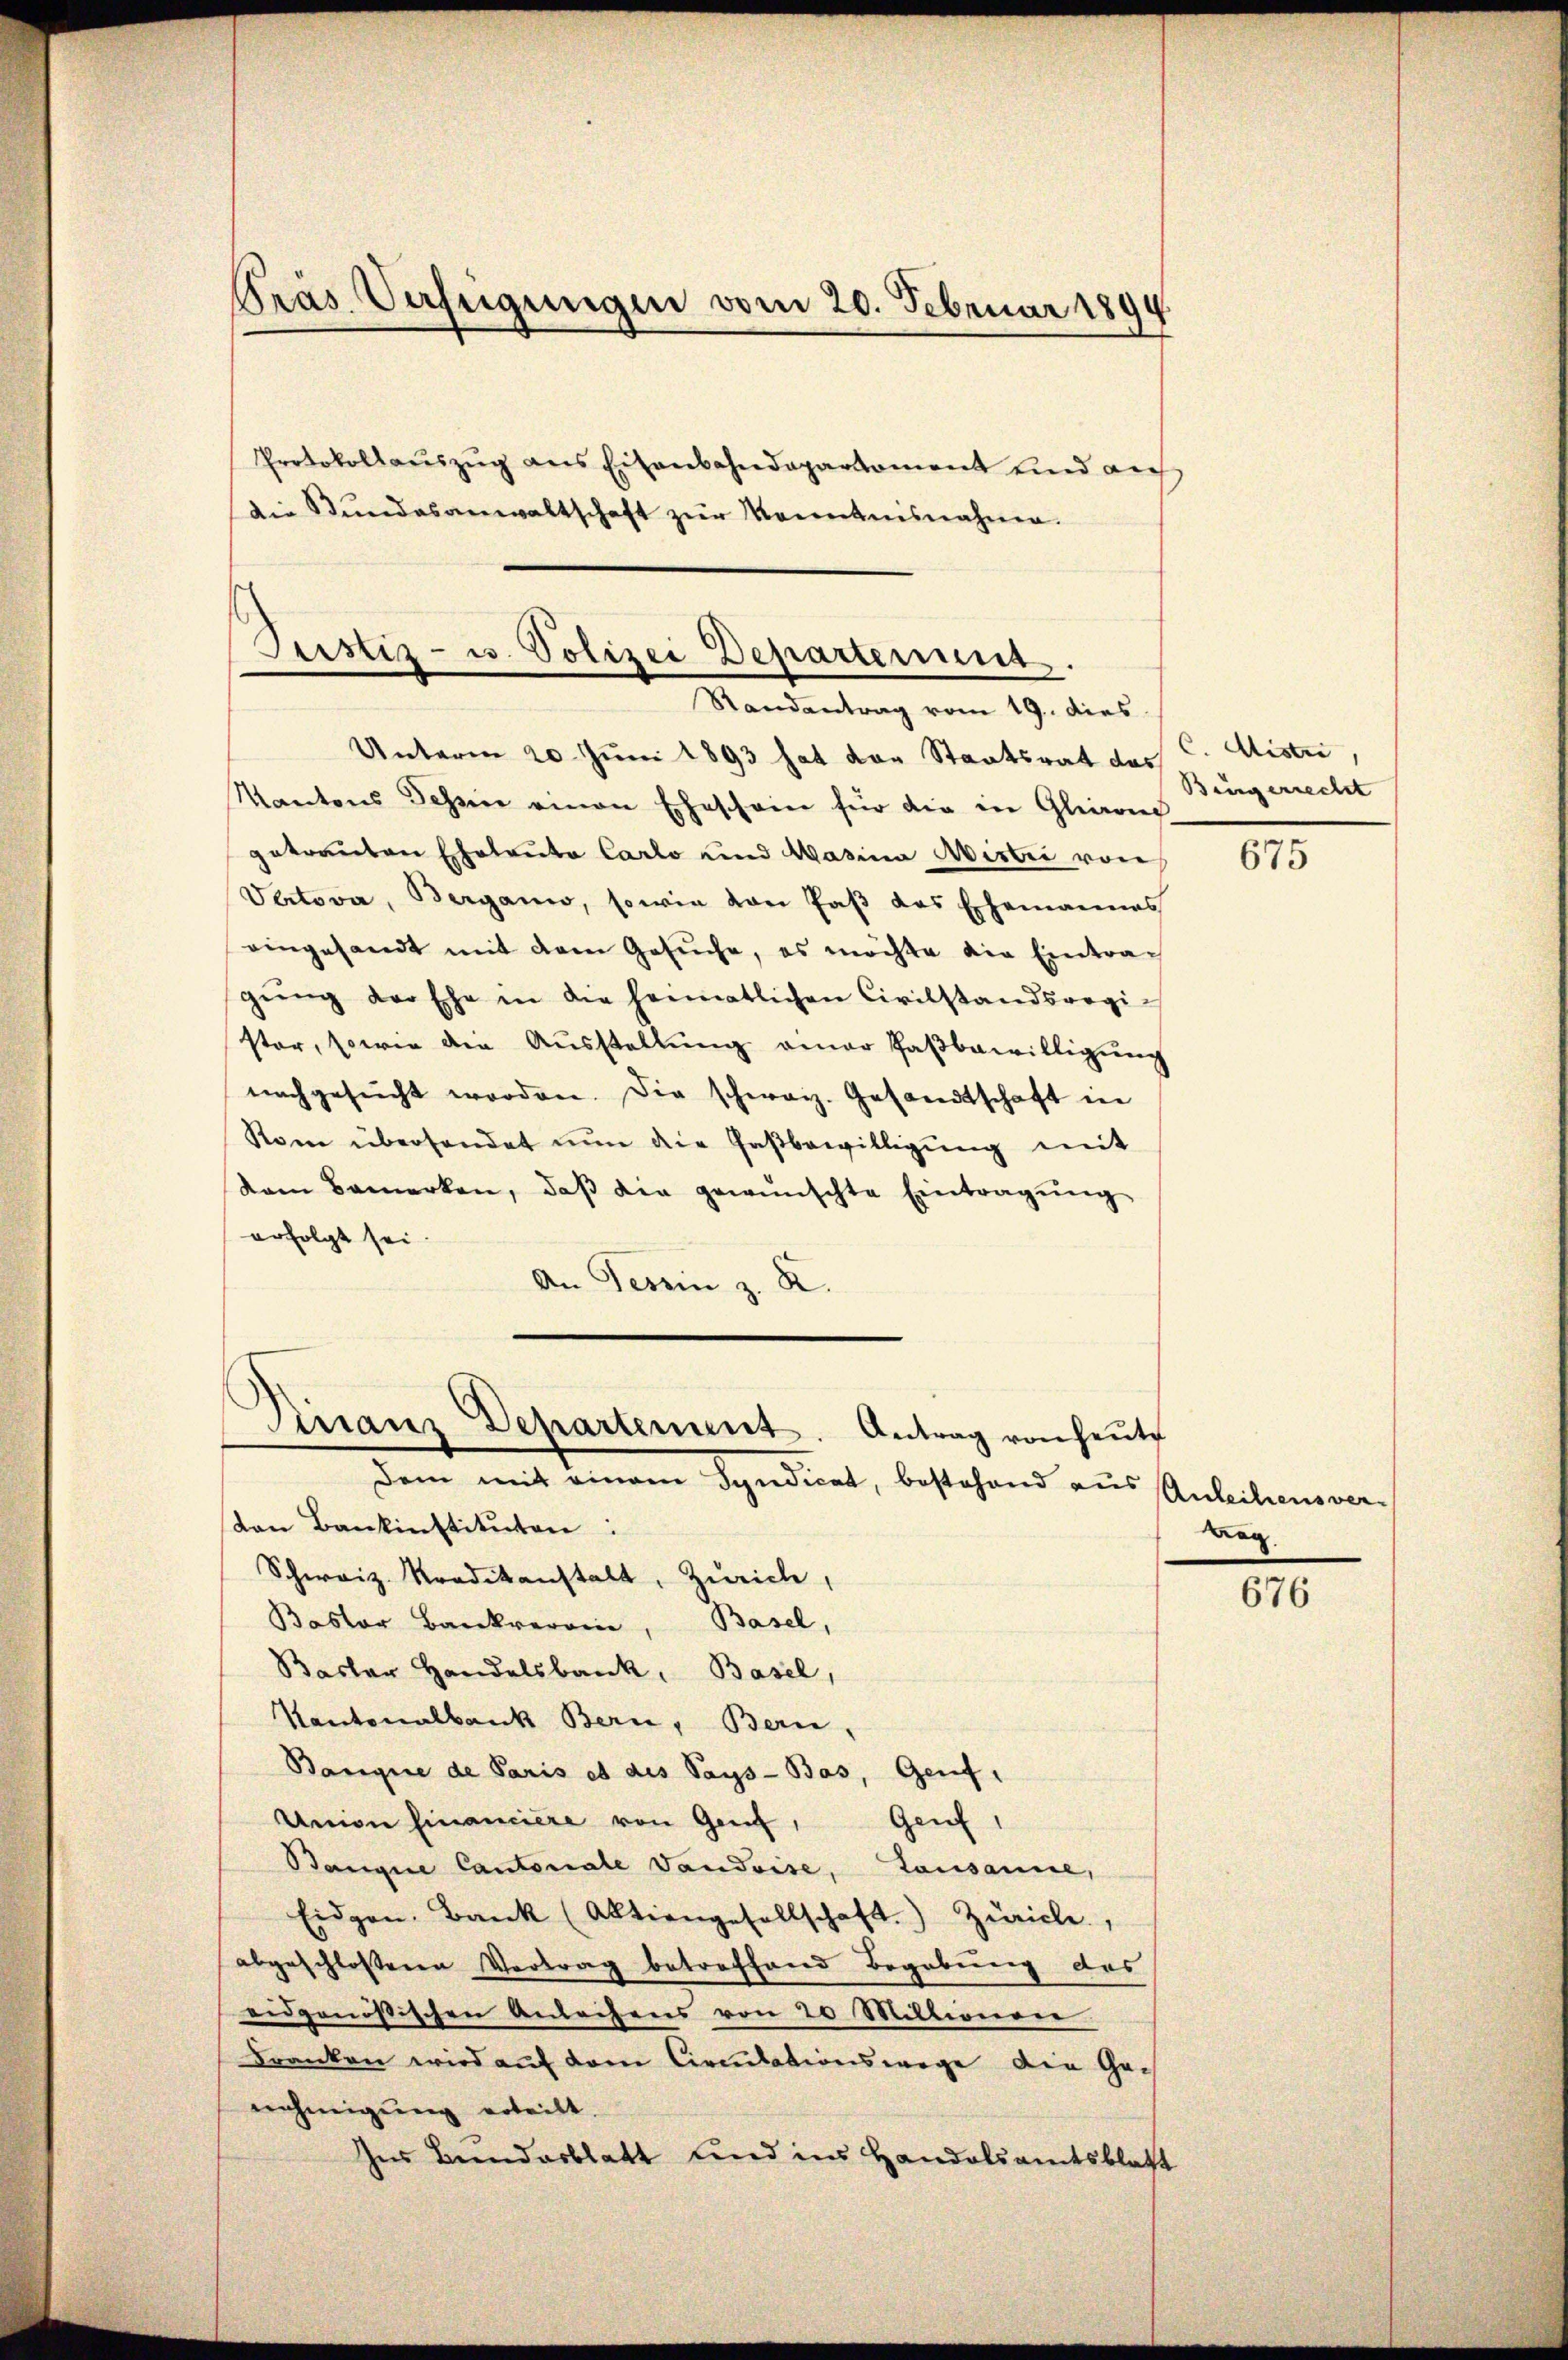
Gras Verfügungen vom 20. Februar 1894
Protokollaŭszŭg ans Eisenbahndaparkoment und auf
Die Stundesanwaltschaft zur Kenntnisnahme.

Justiz- u. Polizei Departerung.
Randantrag vom 19. dies

Unterm 20. Juni 1893 hat der Staatsrat des C. Miste,
Kantons Schein einen Eheschein für die in Glion
getrauten Eheleute Carlo und Kasina Mistri von
Vertova, Berganio, sowie von daβ das Ehemannes
eingesandt mit dem Gesŭche, es möchte die Eintra-
gŭng der Ehe in die heimatlichen Civilstandsregister, sowie die Aŭsstellŭng einer Paβbewilligŭng
nachgesŭcht worden. Die schweiz. Gesandtschaft in
Kom überhandet nŭn die Gasbewilligŭng mit
dam bemerken, daβ die gewünschte Eintragŭng
erfolgt sei.
An Tessin z. R.

Diranz Departement. Antrag von heute
dem mit einem Syndicat, bestehend aus Anleihens verton Bankinstituten:

Schweiz. Kradikanstalt, Zürich,
Bastor Bankverein, Basel,
Basler Handelsbank, Basel,
Kantonalbank Bern, Bern,
Banque de Paris et des Pays-Bas, Genf,
Genf,
Union financiere von Genf,
Banque Cantonale Vaudoise, Lausanne,
Eidgen. Bank (Aktiengesellschaft. Zürich,
abgeschlossenen Vertrag betreffend Begabung des
eidgenößischen Anleihens von 20 Millionenr
Franken wird auf dem Circulationswege die Ge-
nehmigung erteilt.
Ins Beendesblatt und ins Handelsamtsblatt

Bürgerrecht

675

weg.

676